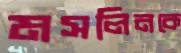
মসলিনকে